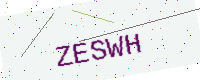
Text: ZESWH